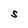
Character: S